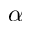
\alpha